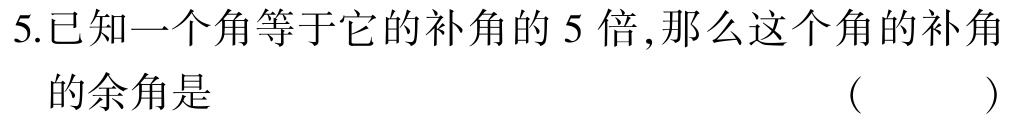
5.已知一个角等于它的补角的 5 倍,那么这个角的补角

的余角是 （ ）